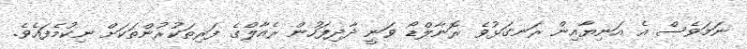
ނަމަވެސް އެ އަނިޔާއިން ރަނގަޅުވެ ރޮނާލްޑޯ ވަނީ ދާދިފަހުން ރެއާލްގެ ފަރިތަކުރުންތަކަށް ނިކުމެފައެވެ.